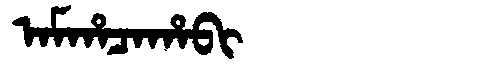
Manchu: ᠠᠮᡥᠠᠴᠠᡥᠠᠪᡳ
Romanization: AMHACAHABI